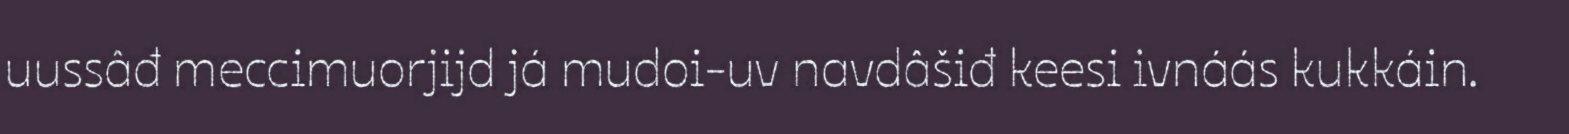
uussâđ meccimuorjijd já mudoi-uv navdâšiđ keesi ivnáás kukkáin.